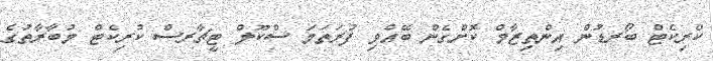
ކްރިކެޓް ބޯރޑުން އިންތިޒާމް ކޮށްގެން ބޭއްވި ފުރަތަމަ ސްކޫލް ޓީޗާރސް ކުރިކެޓް މުބާރާތުގެ